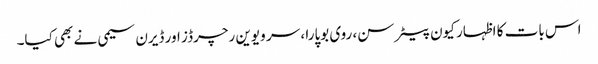
اس بات کا اظہار کیون پیٹرسن، روی بوپارا ، سر ویوین رچرڈز اور ڈیرن سیمی نے بھی کیا۔